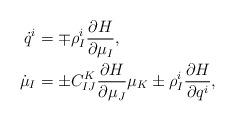
LaTeX: \begin{align*} \dot{q} ^i &= \mp \rho ^i _I \frac{ \partial H }{ \partial \mu _I } , \\ \dot{ \mu } _I &= \pm C _{ I J } ^K \frac{ \partial H }{ \partial \mu _J } \mu _K \pm \rho ^i _I \frac{ \partial H }{ \partial q ^i } , \end{align*}